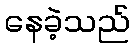
နေခဲ့သည်